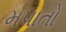
મપાતો